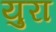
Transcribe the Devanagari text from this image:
युरा